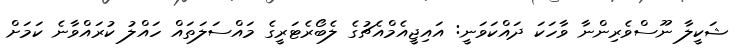
ޝަކީލާ ނޫސްވެރިންނާ ވާހަކަ ދައްކަވަނީ: އައިޖީއެމްއެޗުގެ ލެބޯރެޓަރީގެ މައްސަލަތައް ހައްލު ކުރައްވާނެ ކަމަށް